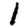
Digit: 1